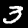
Digit: 3